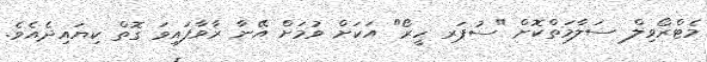
މެޓްރޯވިލް ސަލާމަތްކޮށް "ސުޕަރ ހީރޯ" އަކަށް ވުމަށް އޭނާ ރާވާފައިވަ ގޮތް ކިޔައިދެއެވެ.